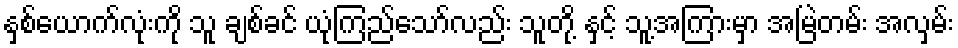
နှစ်ယောက်လုံးကို သူ ချစ်ခင် ယုံကြည်သော်လည်း သူတို့ နှင့် သူ့အကြားမှာ အမြဲတမ်း အလှမ်း